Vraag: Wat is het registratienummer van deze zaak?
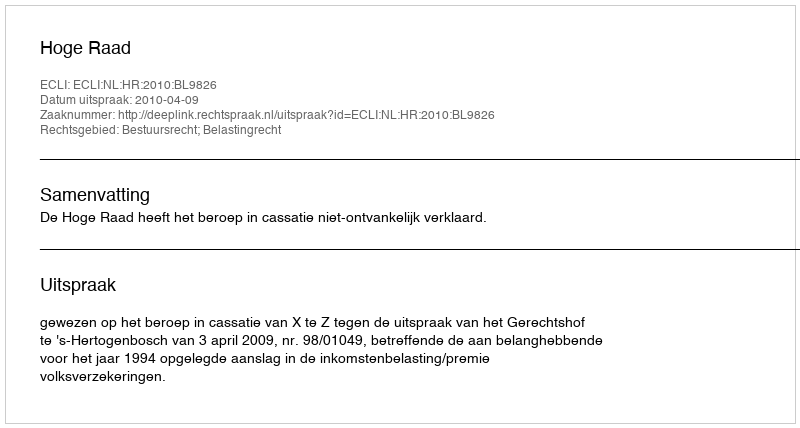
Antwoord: http://deeplink.rechtspraak.nl/uitspraak?id=ECLI:NL:HR:2010:BL9826